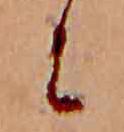
に